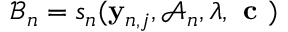
\mathcal { B } _ { n } = s _ { n } ( \ensuremath { \mathbf { y } } _ { n , j } , \mathcal { A } _ { n } , \boldsymbol { \lambda } , \textbf { c } )